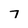
Character: 7